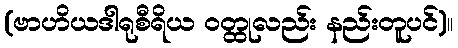
(ဗာဟိယဒါရုစီရိယ ဝတ္ထုလည်း နည်းတူပင်)။